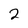
Character: 2